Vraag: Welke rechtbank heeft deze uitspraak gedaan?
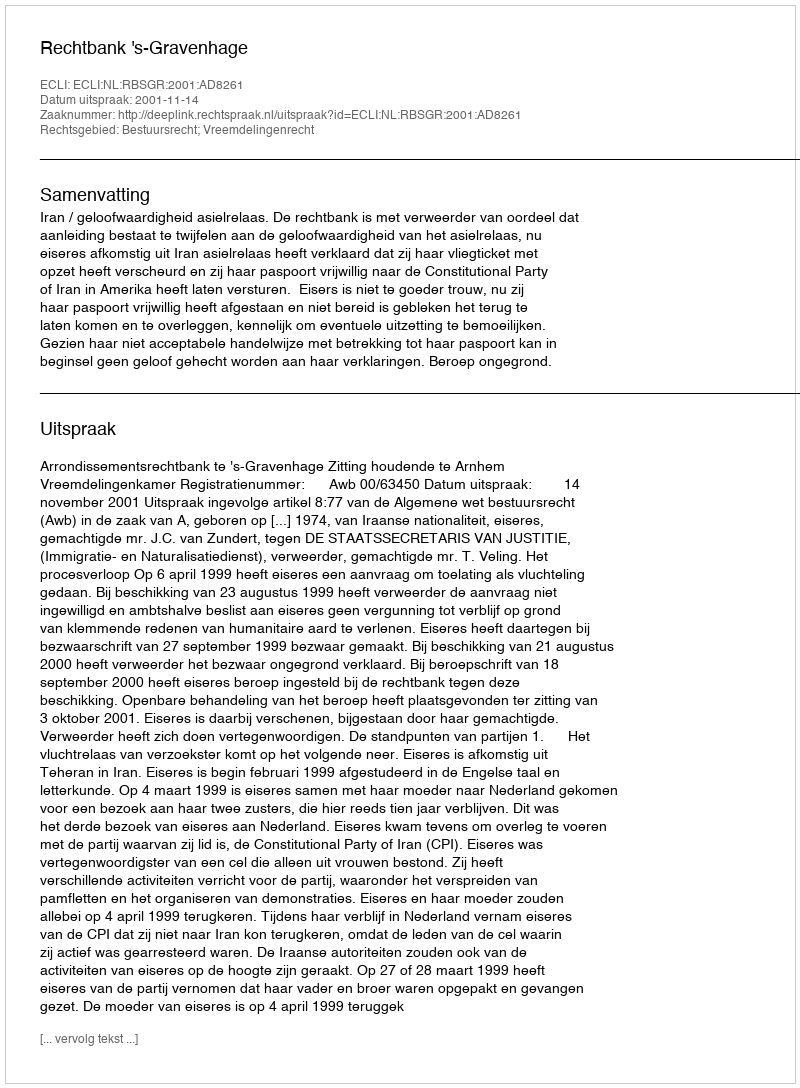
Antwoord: Rechtbank 's-Gravenhage